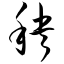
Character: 秧